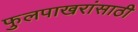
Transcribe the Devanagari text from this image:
फुलपाखरांसाठी